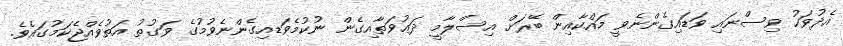
އެދުވަހު ވިސްނައި ވަޑައިގެންނެވީ މައްކާއިން ބޭރަށް އިސްލާމީ ދަޢުވަތާއިގެން ނުކުމެވަޑއިގެންނެވުމުގެ ވަގުތު އަތުވެއްޖެކަމުގައެވެ.